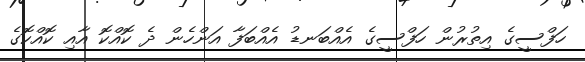
ހަފްސީގެ އިތުރުން ހަފްސީގެ އެއްބަނޑު އެއްބަފާ އަންހެން ދެ ކޮއްކޮ އާއި ކޮއްކޮގެ